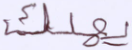
يهلك